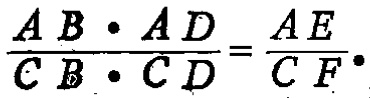
\(\frac{AB\cdot AD}{CB\cdot CD}=\frac{AE}{CF}\)